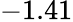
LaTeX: -1.41